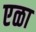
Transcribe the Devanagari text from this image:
एळा